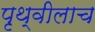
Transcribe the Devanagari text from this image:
पृथ्वीलाच